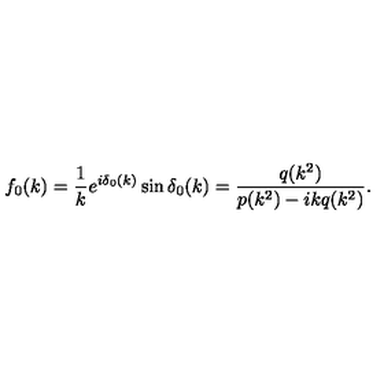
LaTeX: f _ { 0 } ( k ) = \frac { 1 } { k } e ^ { i \delta _ { 0 } ( k ) } \sin \delta _ { 0 } ( k ) = \frac { q ( k ^ { 2 } ) } { p ( k ^ { 2 } ) - i k q ( k ^ { 2 } ) } .